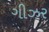
ગીઝર